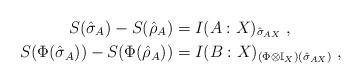
LaTeX: \begin{align*}S(\hat{\sigma}_A) - S(\hat{\rho}_A) &= I(A:X)_{\hat{\sigma}_{AX}}\;,\\S(\Phi(\hat{\sigma}_A)) - S(\Phi(\hat{\rho}_A)) &= I(B:X)_{(\Phi\otimes\mathbb{I}_X)(\hat{\sigma}_{AX})}\;,\end{align*}